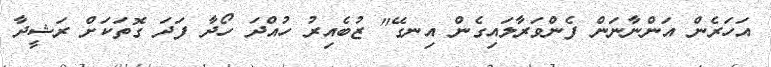
އަހަރެން އަންނާނަން ފެންވަރާލައިގެން އިނގޭ" ޒުބެއިރު ހުއްދަ ހޯދާ ފަދަ ގޮތަކަށް ރަޝީދާ